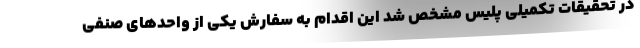
در تحقیقات تکمیلی پلیس مشخص شد این اقدام به سفارش یکی از واحدهای صنفی